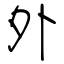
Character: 外